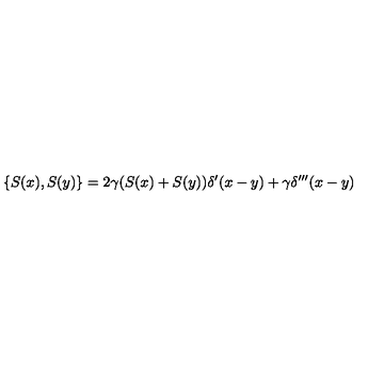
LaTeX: \{ S ( x ) , S ( y ) \} = 2 \gamma ( S ( x ) + S ( y ) ) \delta ^ { \prime } ( x - y ) + \gamma \delta ^ { \prime \prime \prime } ( x - y )